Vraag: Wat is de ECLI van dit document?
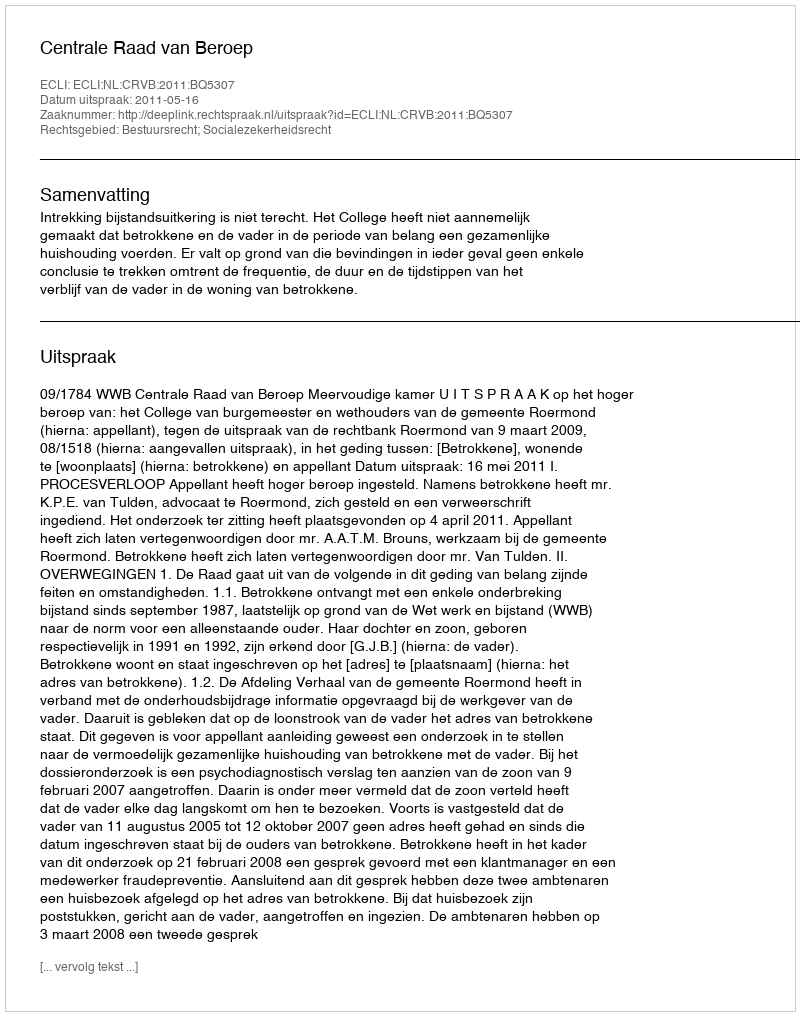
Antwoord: ECLI:NL:CRVB:2011:BQ5307